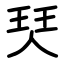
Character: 珡